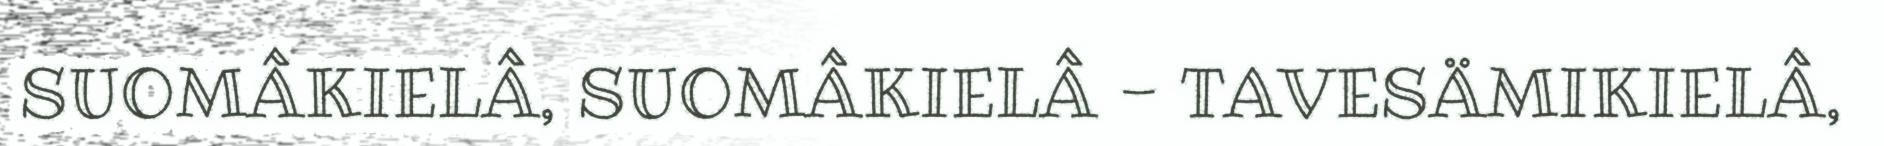
SUOMÂKIELÂ, SUOMÂKIELÂ - TAVESÄMIKIELÂ,